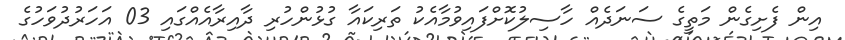
އިން ފެށިގެން މަތީގެ ސަނަދެއް ހާސިލުކޮށްފައިވުމާއެކު ތަރިކައާ ގުޅުންހުރި ދާއިރާއެއްގައި 03 އަހަރުދުވަހުގެ